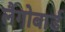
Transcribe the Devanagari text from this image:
लैंगोबार्ड